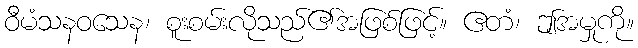
ဝီမံသနဝသေန၊ စူးစမ်းလိုသည်၏အဖြစ်ဖြင့်။ ဧတံ၊ ဤအမှုကို။